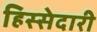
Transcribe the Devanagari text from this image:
हिस्‍सेदारी